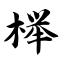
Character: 榉